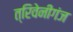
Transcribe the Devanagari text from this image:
त्रिवेनीगंज